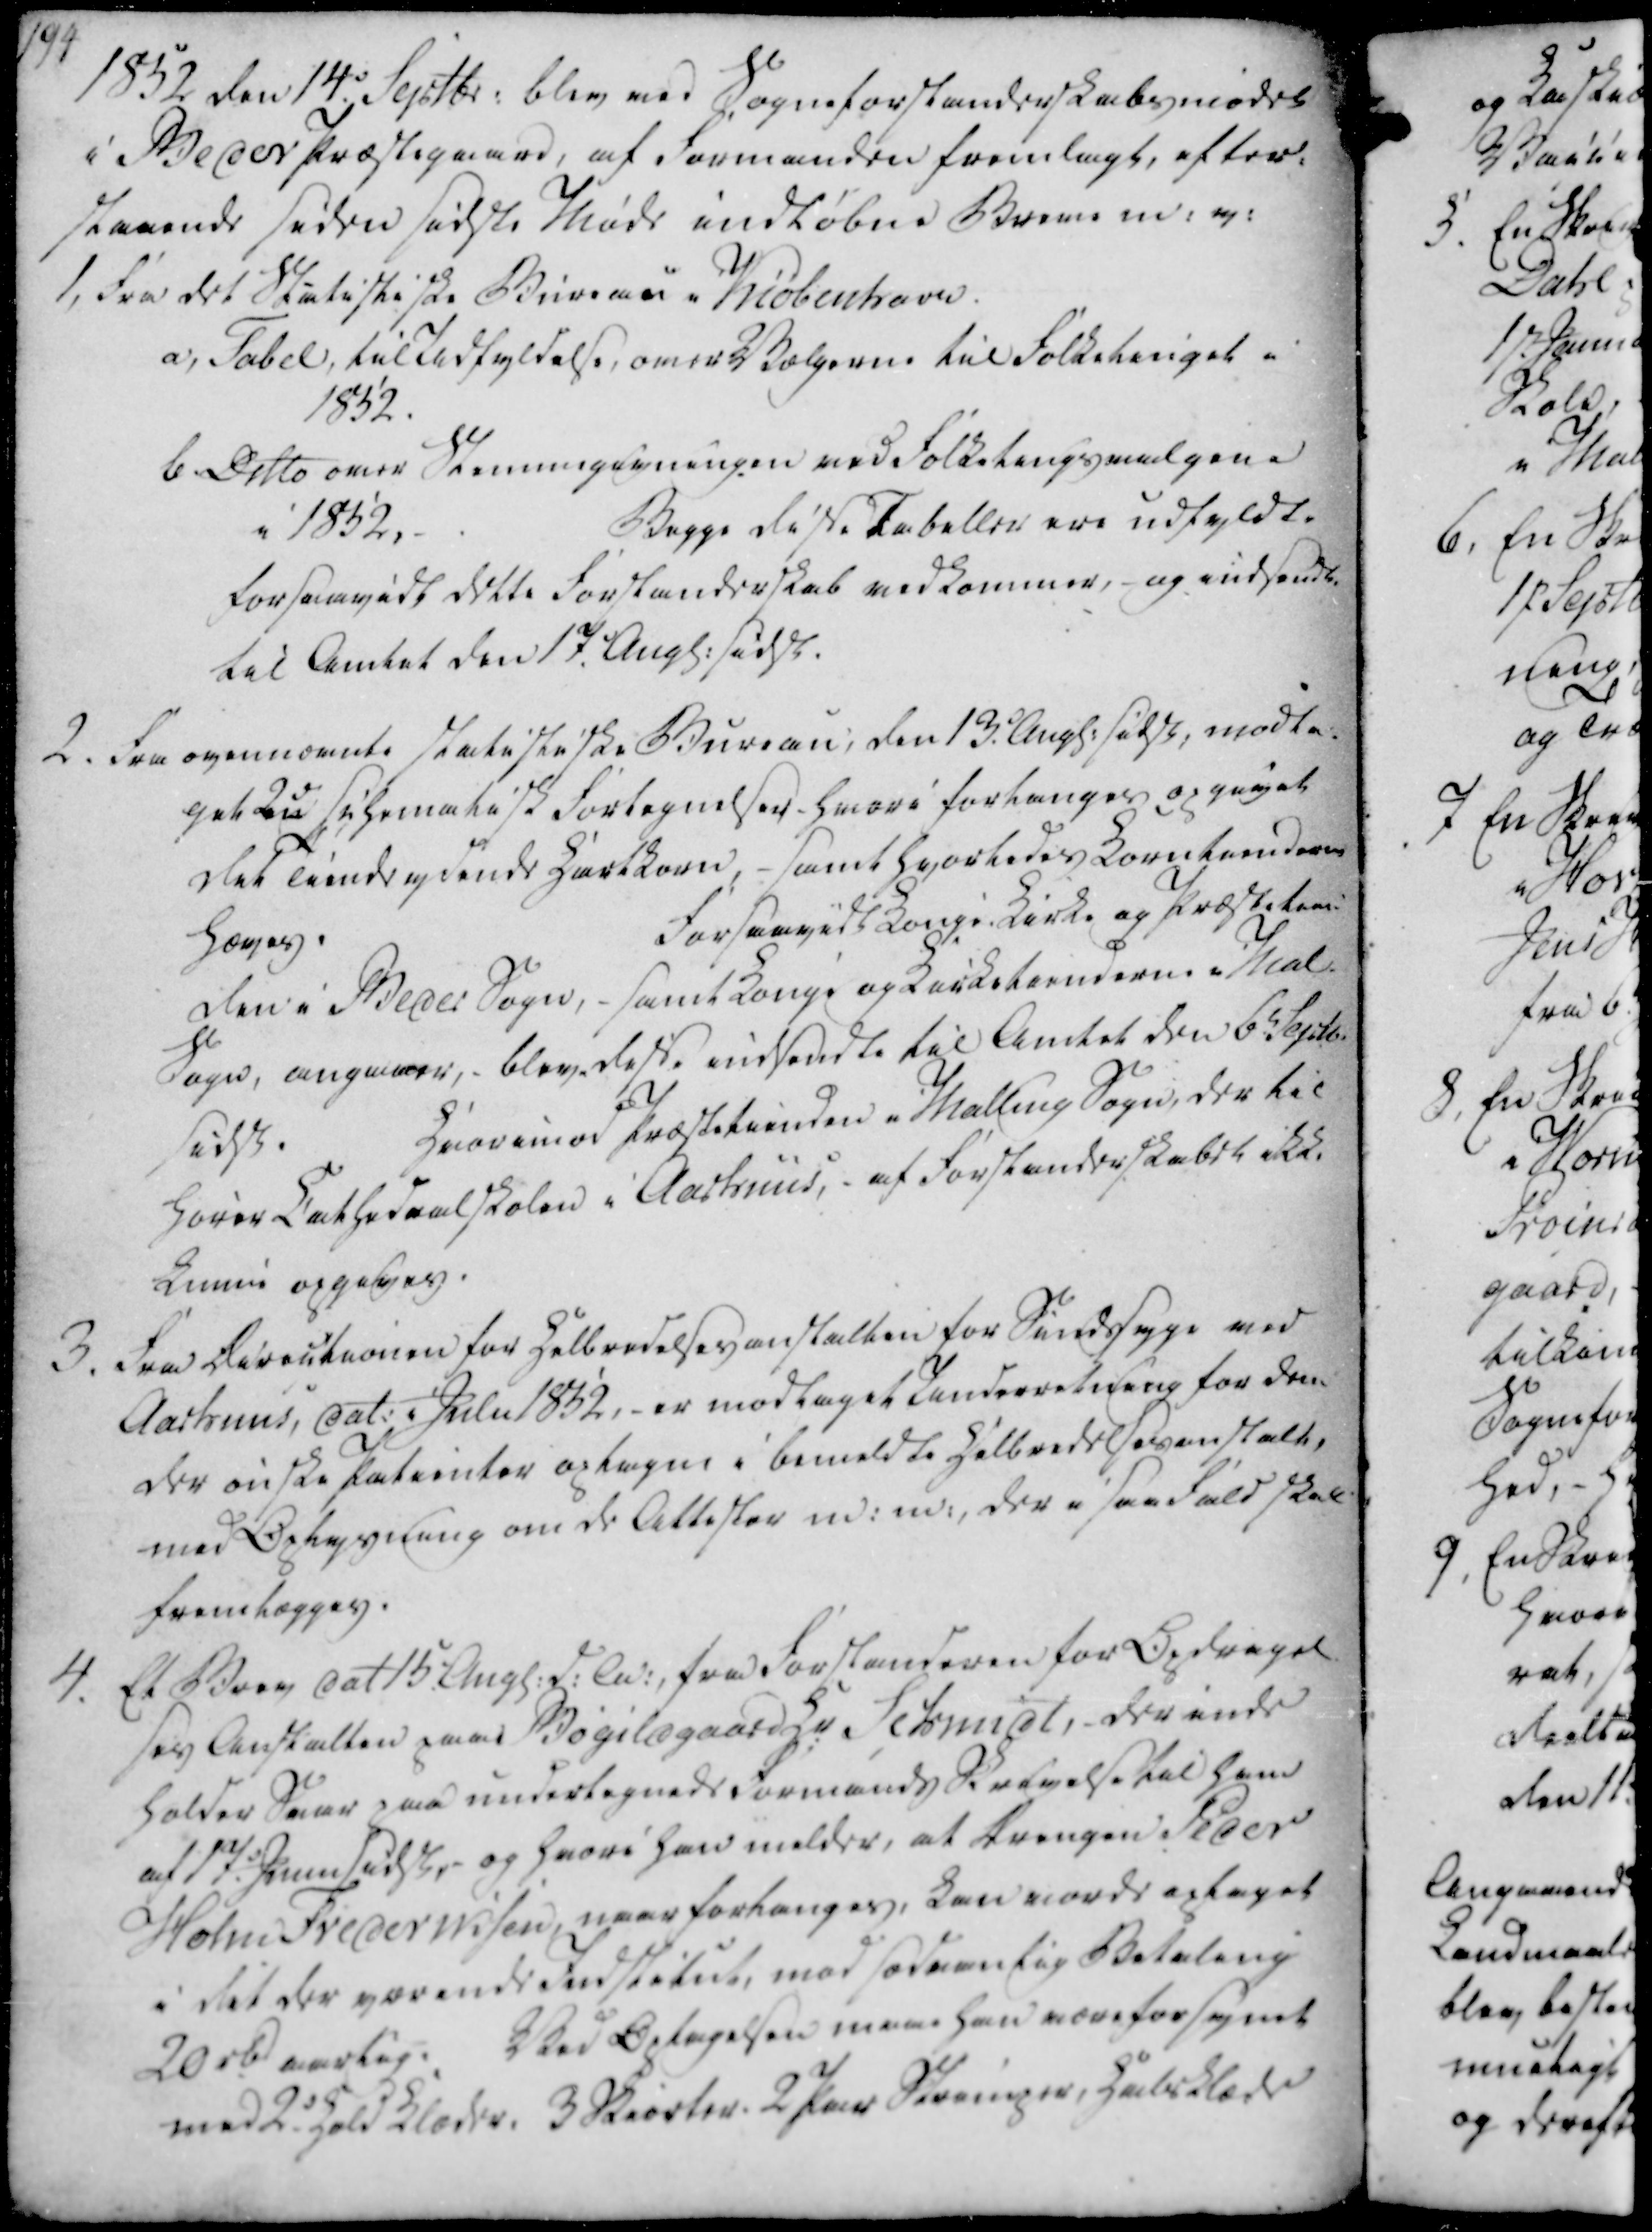
Transskription:
1852 den 14. Septbr. blev ved Sogneforstanderskabsmødet

i Beder Præstegaard, af Formanden fremlagt, efter-

staaende siden sidste Møde indløbne Breve m. v.

1852 den 14. Septbr. blev ved Sogneforstanderskabsmødet
i Beder Præstegaard, af Formanden fremlagt, efter-
staaende siden sidste Møde indløbne Breve m. v.

1, Fra det Statistiske Bureau i Kiøbenhavn.

a, Tabel, til udfyldelse, over Vælgerne til Folketinget i

1852.

b Ditto over Stemmegivningen ved Folketingsvalgene

i 1852.

Begge disse Tabeller ere udfyldte

forsaavidt dette Forstanderskab vedkommer, og indsendt

til Amtet den 17. Angl. sidstl.

2. Fra ovennævnte statistike Bureau; den 13. Angl. sidsl, modta-

get 2nd schematisk Fortegnelser, hvori forlanges opgivet

det Tiendeydende Hartkorn, - samt hvorledes Korntienderne

hæves.

Forsaavidt Konge Kirke og Præstetien

den i Beder Sogn, - samt Konge og Kirketienderne i Mal

Sogn, angaaer, blev disse indsendte til Amtet den 6. Sept.

sidsl.

hvorimod Præstetienden i Malling Sogn, der til

hører Cathedralskolen i Aarhuus, - af Forstanderskabet ikke

kunne opgives.

1, Fra det Statistiske Bureau i Kiøbenhavn.
a, Tabel, til udfyldelse, over Vælgerne til Folketinget i
1852.
b Ditto over Stemmegivningen ved Folketingsvalgene
i 1852.
Begge disse Tabeller ere udfyldte
forsaavidt dette Forstanderskab vedkommer, og indsendt
til Amtet den 17. Angl. sidstl.
2. Fra ovennævnte statistike Bureau; den 13. Angl. sidsl, modta-
get 2nd schematisk Fortegnelser, hvori forlanges opgivet
det Tiendeydende Hartkorn, - samt hvorledes Korntienderne
hæves.
Forsaavidt Konge Kirke og Præstetien
den i Beder Sogn, - samt Konge og Kirketienderne i Mal
Sogn, angaaer, blev disse indsendte til Amtet den 6. Sept.
sidsl.
hvorimod Præstetienden i Malling Sogn, der til
hører Cathedralskolen i Aarhuus, - af Forstanderskabet ikke
kunne opgives.

3. Fra Directionen for Helbredelsesanstalten for Sindsyge ved

Aarhuus, dat. i Julii 1852, - er modtaget Underretning for dem

der ønske Patienter optagne i bemeldte Helbredelsesanstalt,

med Oplysning om de Attester m.m., der i saa fald skal

fremlægges.

4. Et Brev dat 15. Angl. d.A. fra Forstanderen for Opdragel

ses Anstalten paae Bøgildgaard Hr Schmidt, der inde

holder Svar paa undertegnede Formands Skrivelse til ham

af 17.e Juni sidstl, og hvori han melder, at Drengen Peder

Holm Frederiksen, naar forlanges, kan vorde optaget

i det der værende Indstitut, mod sædvanlig Betaling

20 rbd aarlig. Ved Optagelsen maae han være forsynet

med 2. hold Klæder, 3 Skiorter. 2 Par Strømper, Halsklæde

3. Fra Directionen for Helbredelsesanstalten for Sindsyge ved
Aarhuus, dat. i Julii 1852, - er modtaget Underretning for dem
der ønske Patienter optagne i bemeldte Helbredelsesanstalt,
med Oplysning om de Attester m.m., der i saa fald skal
fremlægges.
4. Et Brev dat 15. Angl. d.A. fra Forstanderen for Opdragel
ses Anstalten paae Bøgildgaard Hr Schmidt, der inde
holder Svar paa undertegnede Formands Skrivelse til ham
af 17.e Juni sidstl, og hvori han melder, at Drengen Peder
Holm Frederiksen, naar forlanges, kan vorde optaget
i det der værende Indstitut, mod sædvanlig Betaling
20 rbd aarlig. Ved Optagelsen maae han være forsynet
med 2. hold Klæder, 3 Skiorter. 2 Par Strømper, Halsklæde